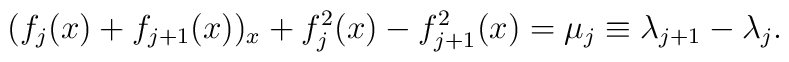
(f_j(x)+f_{j+1}(x))_x+f_j^2(x)-f_{j+1}^2(x)=\mu_j\equiv \lambda_{j+1}-\lambda_j.